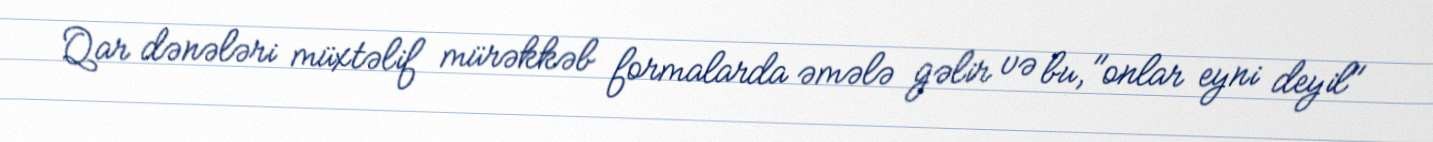
Qar dənələri müxtəlif mürəkkəb formalarda əmələ gəlir və bu, "onlar eyni deyil"